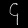
Digit: ၄